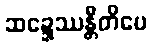
ဆဍ္ဍေဿန္တီတိပေ